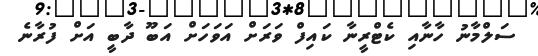
ސަލްމާނު ހާނާއި ކެޓްރީނާ ކައިފް ވަރަށް އަވަހަށް އަބޫ ދާބީ އަށް ފުރާނެ